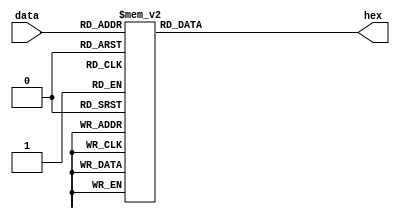
//
// bit vectors to 7 segment display
//

module seg(data, hex);

input [3:0] data;
output reg [6:0] hex;

always @(*) begin
    case (data)
        4'h0: hex = 7'b1000000;
        4'h1: hex = 7'b1111001;
        4'h2: hex = 7'b0100100;
        4'h3: hex = 7'b0110000;
        4'h4: hex = 7'b0011001;
        4'h5: hex = 7'b0010010;
        4'h6: hex = 7'b0000010;
        4'h7: hex = 7'b1111000;
        4'h8: hex = 7'b0000000;
        4'h9: hex = 7'b0011000;
        4'ha: hex = 7'b0001000;
        4'hb: hex = 7'b0000011;
        4'hc: hex = 7'b1000110;
        4'hd: hex = 7'b0100001;
        4'he: hex = 7'b0000110;
        4'hf: hex = 7'b0001110;
    endcase
end

endmodule



module seg16(data, hexs);

input [15:0] data;
output [27:0] hexs;

seg h0(data[15:12], hexs[27:21]);
seg h1(data[11:8], hexs[20:14]);
seg h2(data[7:4], hexs[13:7]);
seg h3(data[3:0], hexs[6:0]);

endmodule